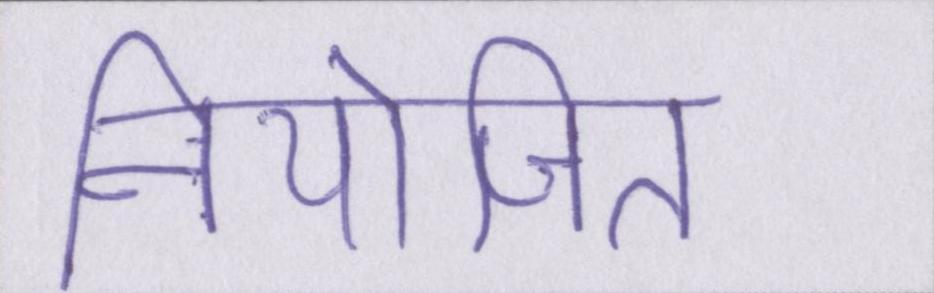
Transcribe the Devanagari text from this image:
नियोजित